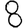
Digit: 8